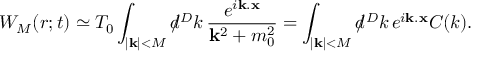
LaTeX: W _ { M } ( r ; t ) \simeq T _ { 0 } \int _ { | { \bf k } | < M } d \! \! \! / ^ { D } k \, \frac { e ^ { i { \bf k } . { \bf x } } } { { \bf k } ^ { 2 } + m _ { 0 } ^ { 2 } } = \int _ { | { \bf k } | < M } d \! \! \! / ^ { D } k \, e ^ { i { \bf k } . { \bf x } } { \cal C } ( k ) .